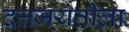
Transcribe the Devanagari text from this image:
दत्तजयंतीला